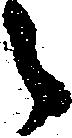
々